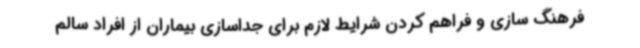
فرهنگ سازی و فراهم کردن شرایط لازم برای جداسازی بیماران از افراد سالم